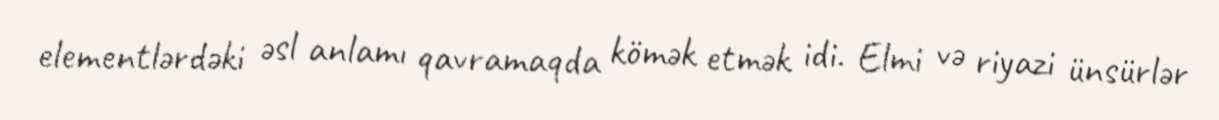
elementlərdəki əsl anlamı qavramaqda kömək etmək idi. Elmi və riyazi ünsürlər